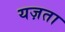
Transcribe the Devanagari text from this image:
यज़ता